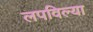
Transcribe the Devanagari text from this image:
लपविल्या